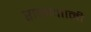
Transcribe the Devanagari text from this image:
राजधाानी